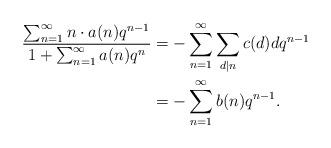
LaTeX: \begin{align*}\frac{\sum_{n=1}^\infty n \cdot a(n)q^{n-1}}{1 + \sum_{n= 1}^\infty a(n)q^n} &= -\sum_{n=1}^\infty\sum_{d|n} c(d)d q^{n-1}\\&= - \sum_{n=1}^\infty b(n)q^{n-1}.\end{align*}